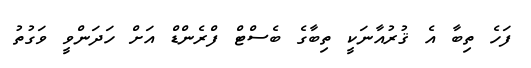
ފަހެ ތިބާ އެ ޤުރުއާނަކީ ތިބާގެ ބެސްޓް ފްރެންޑް އަށް ހަދަންވީ ވަގުތު